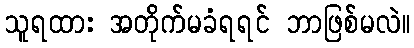
သူရထား အတိုက်မခံရရင် ဘာဖြစ်မလဲ။